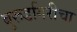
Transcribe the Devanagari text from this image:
बुरूडगिरीचा